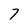
Character: 7